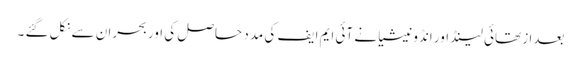
بعدا ز تھائی لینڈ اور انڈونیشیا نے آئی ایم ایف کی مدد حاصل کی اوربحران سے نکل گئے ۔